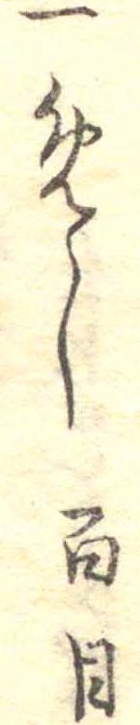
一めし百目